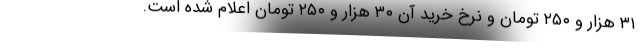
۳۱ هزار و ۲۵۰ تومان و نرخ خرید آن ۳۰ هزار و ۲۵۰ تومان اعلام شده است.